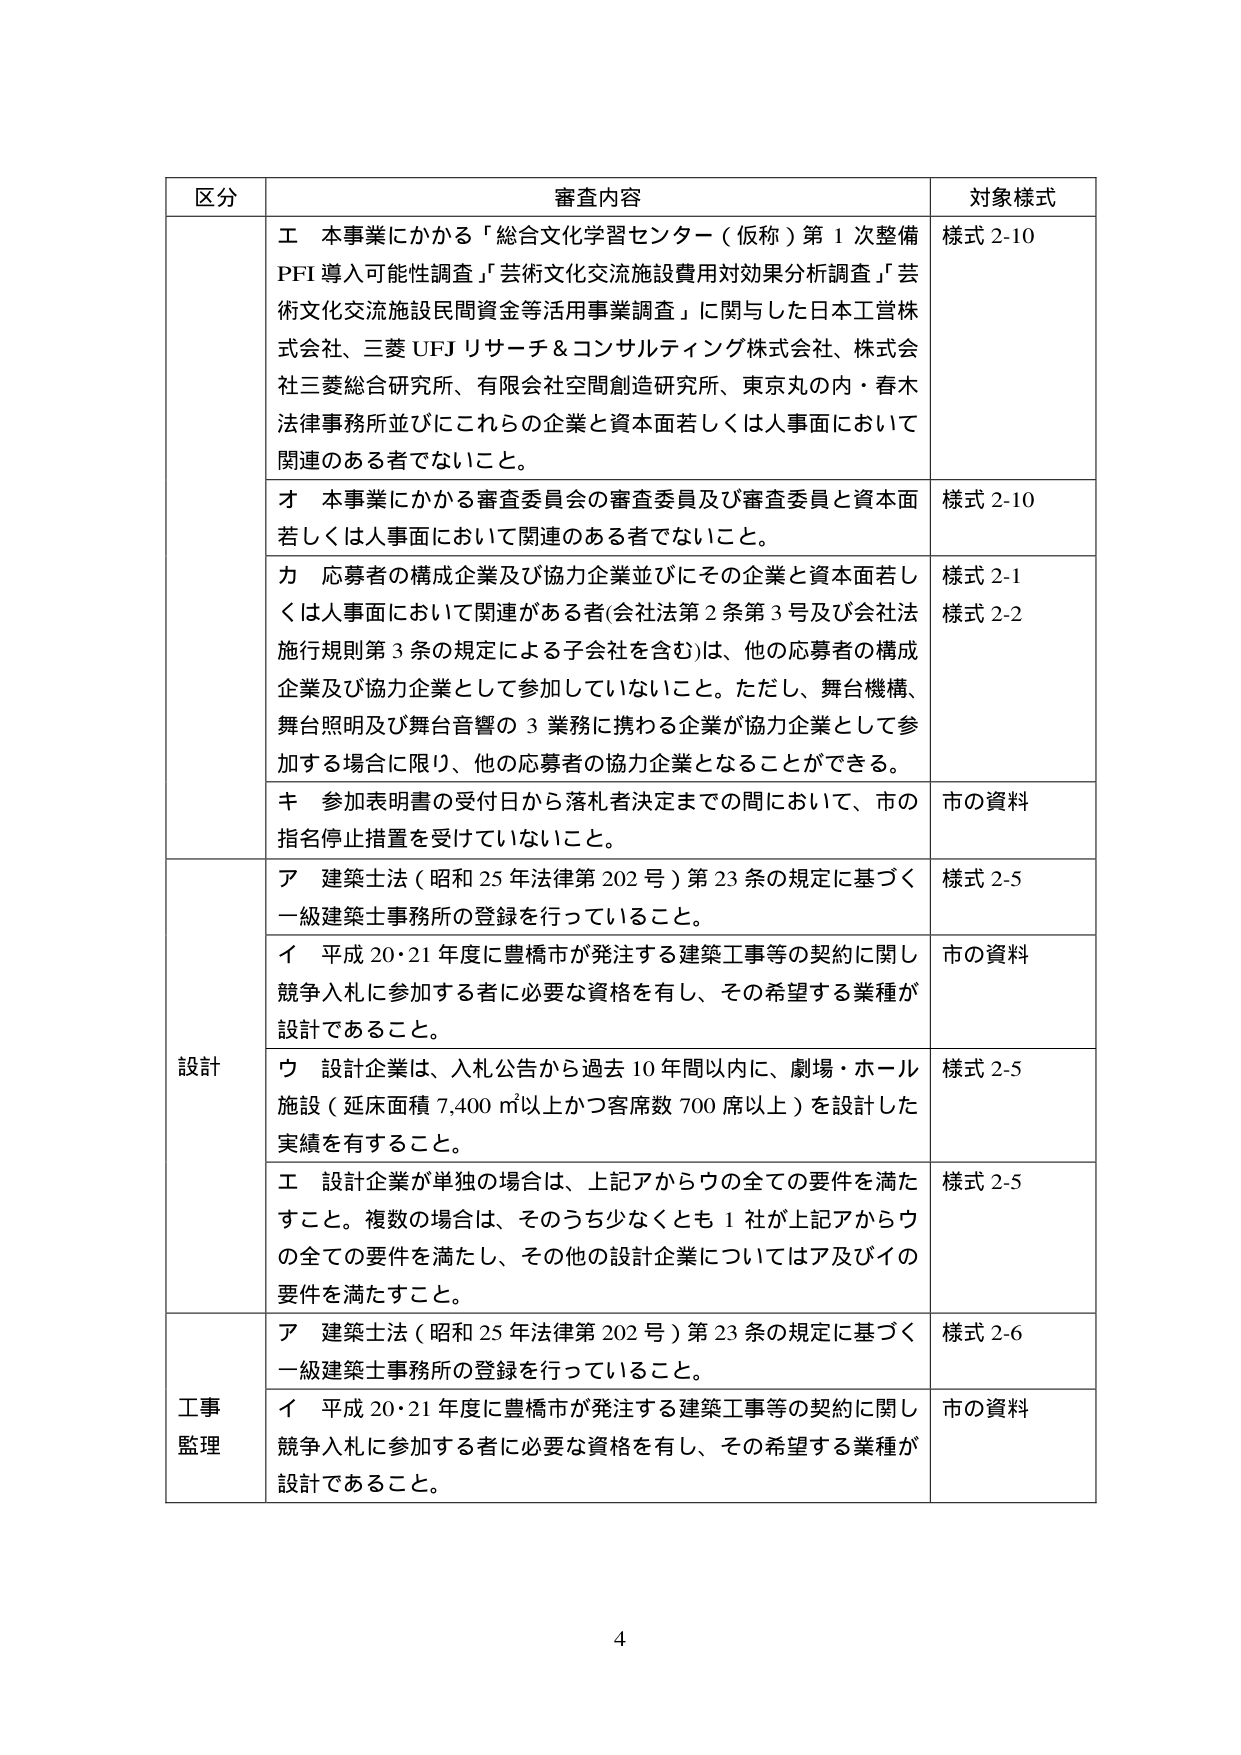
区分 審査内容 対象様式
エ 本事業にかかる「総合文化学習センター（仮称）第１次整備 PFI 導入可能性調査」「芸術文化交流施設費用対効果分析調査」「芸 術文化交流施設民間資金等活用事業調査」に関与した日本工営株 式会社、三菱 UFJ リサーチ＆コンサルティング株式会社、株式会 社三菱総合研究所、有限会社空間創造研究所、東京丸の内・春木 法律事務所並びにこれらの企業と資本面若しくは人事面において 関連のある者でないこと。 様式 2-10
オ 本事業にかかる審査委員会の審査委員及び審査委員と資本面 若しくは人事面において関連のある者でないこと。 様式 2-10
カ 応募者の構成企業及び協力企業並びにその企業と資本面若し くは人事面において関連がある者（会社法第２条第３号及び会社法 施行規則第３条の規定による子会社を含む）は、他の応募者の構成 企業及び協力企業として参加していないこと。ただし、舞台機構、 舞台照明及び舞台音響の３業務に携わる企業が協力企業として参 加する場合に限り、他の応募者の協力企業となることができる。 様式 2-1 様式 2-2
キ 参加表明書の受付日から落札者決定までの間において、市の 指名停止措置を受けていないこと。 市の資料
設計 ア 建築士法（昭和 25 年法律第 202 号）第 23 条の規定に基づく 一級建築士事務所の登録を行っていること。 様式 2-5
イ 平成 20・21 年度に豊橋市が発注する建築工事等の契約に関し 競争入札に参加する者に必要な資格を有し、その希望する業種が 設計であること。 市の資料
ウ 設計企業は、入札公告から過去 10 年間以内に、劇場・ホール 施設（延床面積 7,400 ㎡以上かつ客席数 700 席以上）を設計した 実績を有すること。 様式 2-5
エ 設計企業が単独の場合は、上記アからウの全ての要件を満た すこと。複数の場合は、そのうち少なくとも 1 社が上記アからウ の全ての要件を満たし、その他の設計企業についてはア及びイの 要件を満たすこと。 様式 2-5
工事 ア 建築士法（昭和 25 年法律第 202 号）第 23 条の規定に基づく 一級建築士事務所の登録を行っていること。 様式 2-6
監理 イ 平成 20・21 年度に豊橋市が発注する建築工事等の契約に関し 競争入札に参加する者に必要な資格を有し、その希望する業種が 設計であること。 市の資料
4